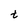
Character: t